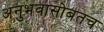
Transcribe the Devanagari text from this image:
अनुभवासोबतच